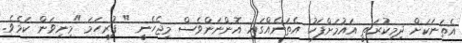
އެތަނަކަށް ދިމިކުރަތީ އައުމަށްފަހު އެތަނެއްގައި އޮންނަންވެސް މިޖެހެނީ " ފުރިހަމަ "މިނިވަން ކަމެވެ.